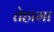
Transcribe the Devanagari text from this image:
तेहामा